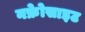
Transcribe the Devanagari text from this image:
नफ्रेोसाइट